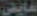
عايض